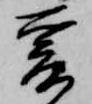
爰